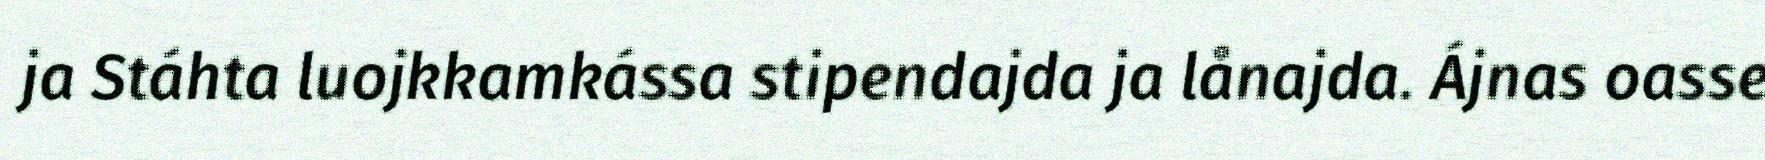
ja Stáhta luojkkamkássa stipendajda ja lånajda. Ájnas oasse